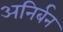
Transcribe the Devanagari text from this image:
अनिर्बन